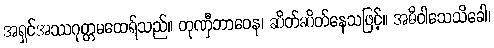
အရှင်အဿဂုတ္တမထေရ်သည်။ တုဏှီဘာဝေန၊ ဆိတ်ဆိတ်နေသဖြင့်။ အဓိဝါသေသိခေါ၊